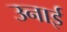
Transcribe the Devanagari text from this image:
उनाई